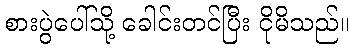
စားပွဲပေါ်သို့ ခေါင်းတင်ပြီး ငိုမိသည်။